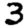
Digit: 3